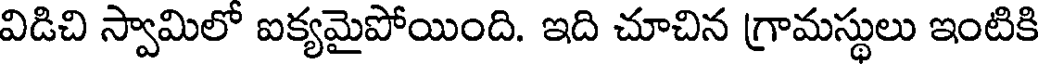
విడిచి స్వామిలో ఐక్యమైపోయింది. ఇది చూచిన గ్రామస్థులు ఇంటికి